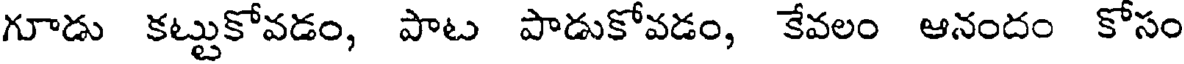
గూడు కట్టుకోవడం, పాట పాడుకోవడం, కేవలం ఆనందం కోసం